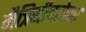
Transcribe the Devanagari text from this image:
मैत्रिणीबरोबर